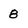
Character: 8